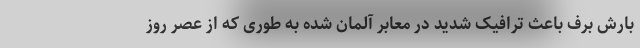
بارش برف باعث ترافیک شدید در معابر آلمان شده به طوری که از عصر روز